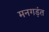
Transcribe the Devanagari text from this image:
मनगड़ंत